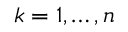
k = 1 , \dots , n